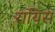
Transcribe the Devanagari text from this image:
रायिस